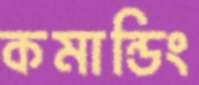
কমান্ডিং